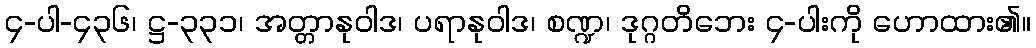
၄-ပါ-၄၃၆၊ ဋ္ဌ-၃၃၁၊ အတ္တာနုဝါဒ၊ ပရာနုဝါဒ၊ စဏ္ဍ၊ ဒုဂ္ဂတိဘေး ၄-ပါးကို ဟောထား၏။